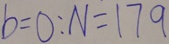
b = 0 : N = 1 7 9